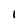
Character: 1